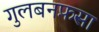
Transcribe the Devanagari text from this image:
गुलबनफ़सा